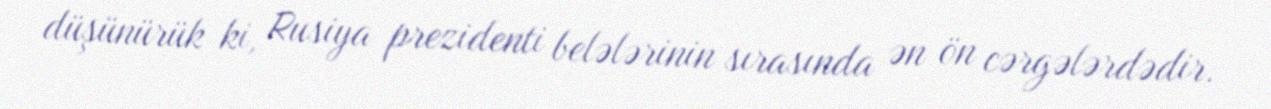
düşünürük ki, Rusiya prezidenti belələrinin sırasında ən ön cərgələrdədir.